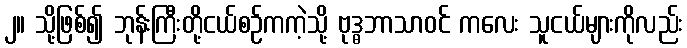
၂။ သို့ဖြစ်၍ ဘုန်းကြီးတို့ငယ်စဉ်ကကဲ့သို့ ဗုဒ္ဓဘာသာဝင် ကလေး သူငယ်များကိုလည်း